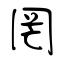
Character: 罔